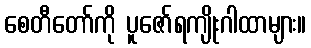
စေတီတော်ကို ပူဇော်ရကျိုးဂါထာများ။